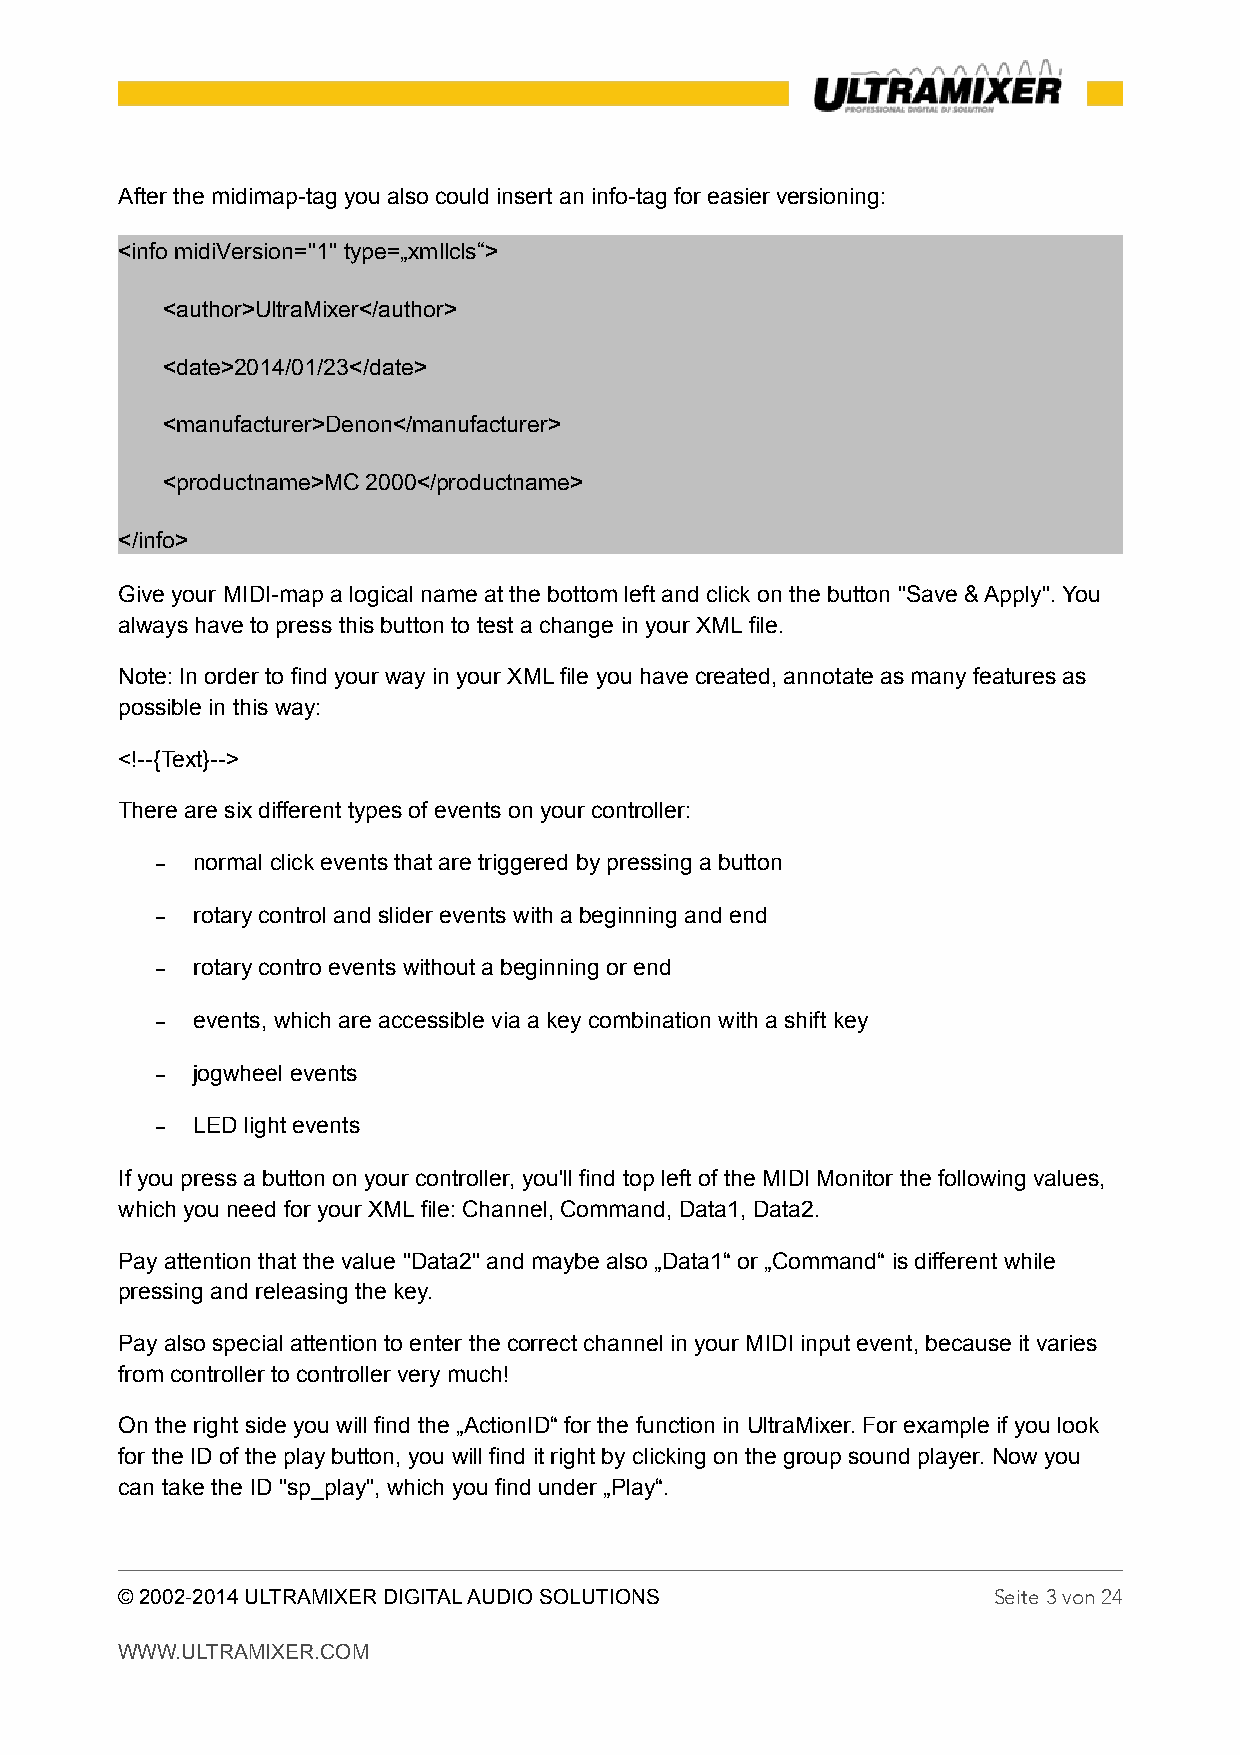
After the midimap-tag you also could insert an info-tag for easier versioning:
 <info midiVersion="1" type=„xmllcls“>
 <author>UltraMixer</author>
 <date>2014/01/23</date>
 <manufacturer>Denon</manufacturer>
 <productname>MC 2000</productname>
 </info>
 Give your MIDI-map a logical name at the bottom left and click on the button "Save & Apply". You
 always have to press this button to test a change in your XML file.
 Note: In order to find your way in your XML file you have created, annotate as many features as
 possible in this way:
 <!--{Text}-->
 There are six different types of events on your controller:
 –  normal click events that are triggered by pressing a button
 –  rotary control and slider events with a beginning and end
 –  rotary contro events without a beginning or end
 –  events, which are accessible via a key combination with a shift key
 –  jogwheel events
 –  LED light events
 If you press a button on your controller, you'll find top left of the MIDI Monitor the following values,
 which you need for your XML file: Channel, Command, Data1, Data2.
 Pay attention that the value "Data2" and maybe also „Data1“ or „Command“ is different while
 pressing and releasing the key.
 Pay also special attention to enter the correct channel in your MIDI input event, because it varies
 from controller to controller very much!
 On the right side you will find the „ActionID“ for the function in UltraMixer. For example if you look
 for the ID of the play button, you will find it right by clicking on the group sound player. Now you
 can take the ID "sp_play", which you find under „Play“.
 © 2002-2014 ULTRAMIXER DIGITAL AUDIO SOLUTIONS            Seite 3 von 24
 WWW.ULTRAMIXER.COM